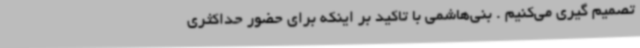
تصمیم گیری می‌کنیم . بنی‌هاشمی با تاکید بر اینکه برای حضور حداکثری